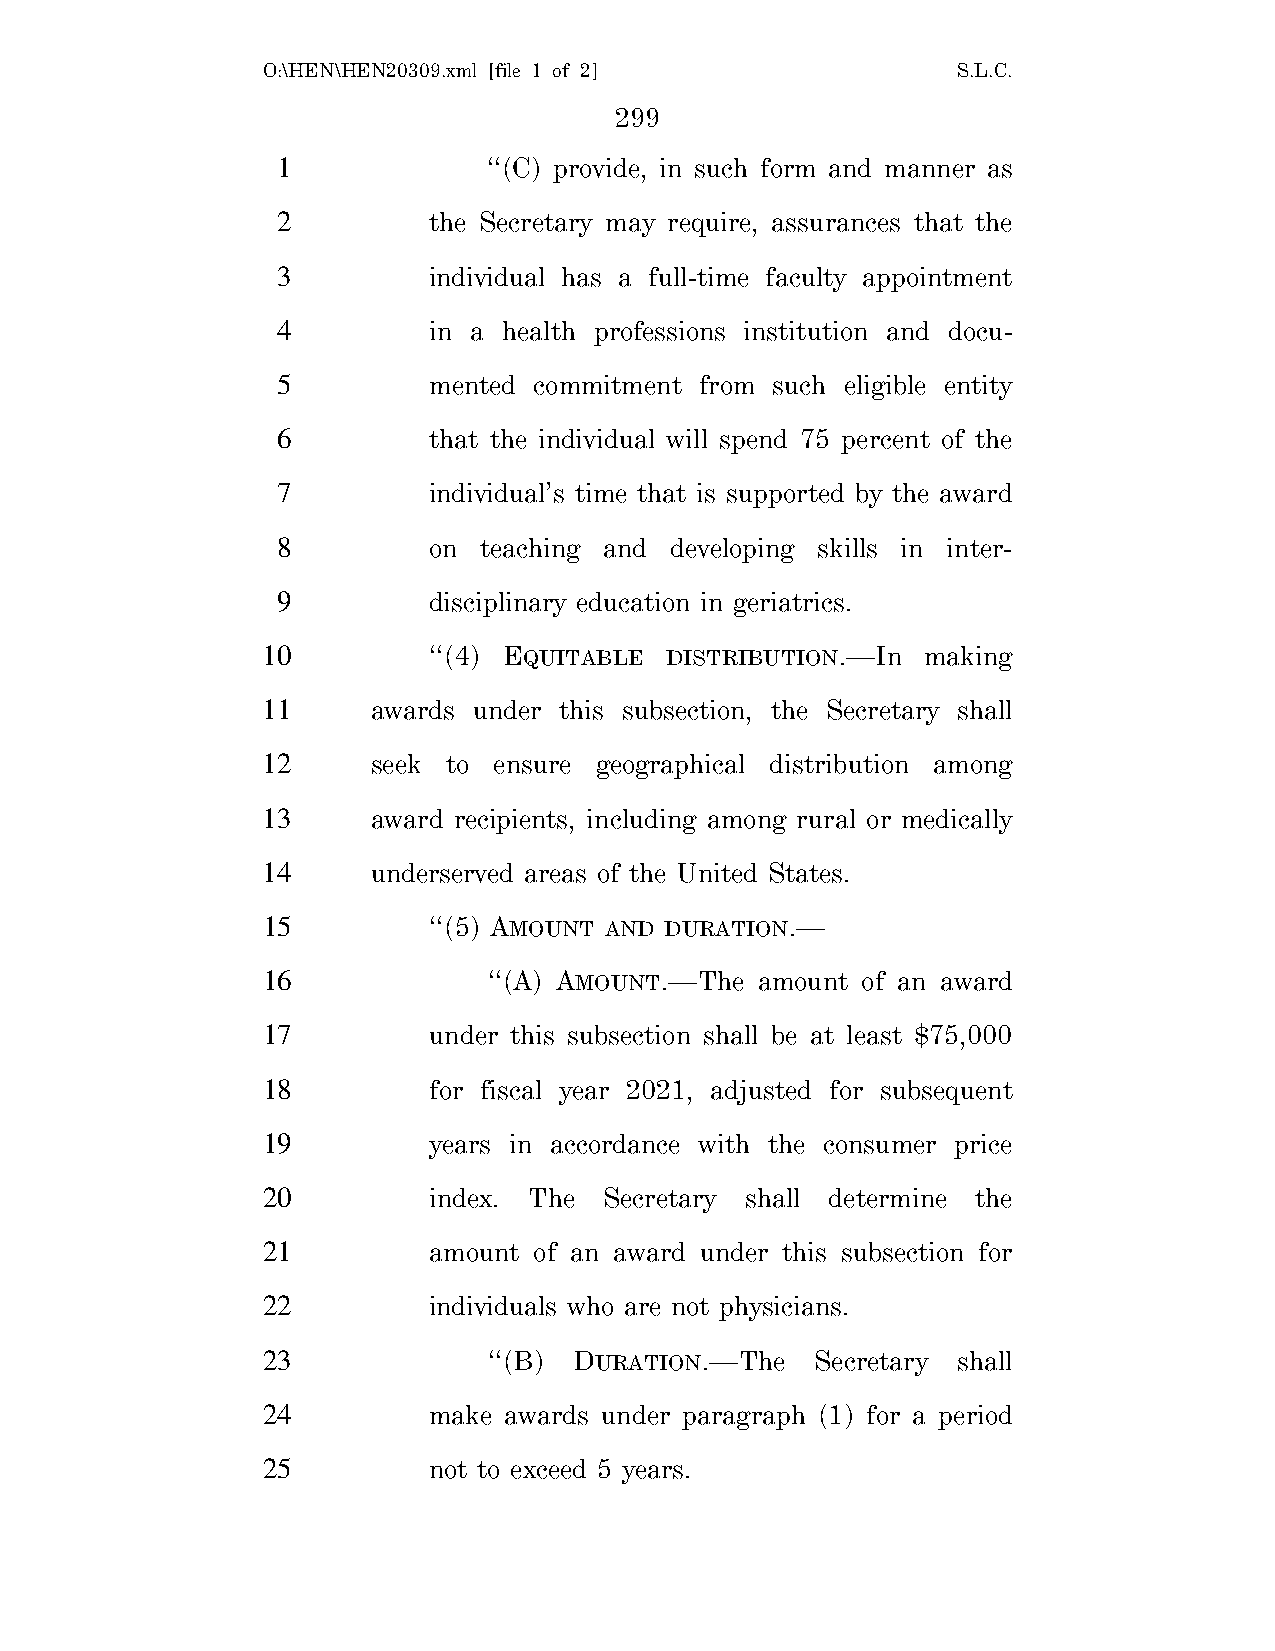
O:\HEN\HEN20309.xml [file 1 of 2]             S.L.C.
 299
 1             ‘‘(C) provide, in such form and manner as
 2         the Secretary may require, assurances that the
 3         individual has a full-time faculty appointment
 4         in a health professions institution and docu-
 5         mented commitment from such eligible entity
 6         that the individual will spend 75 percent of the
 7         individual’s time that is supported by the award
 8         on  teaching and developing skills in inter-
 9         disciplinary education in geriatrics.
 10         ‘‘(4) EQUITABLE DISTRIBUTION.—In making
 11      awards under this subsection, the Secretary shall
 12      seek to ensure geographical distribution among
 13      award recipients, including among rural or medically
 14      underserved areas of the United States.
 15         ‘‘(5) AMOUNT AND DURATION.—
 16             ‘‘(A) AMOUNT.—The amount of an award
 17         under this subsection shall be at least $75,000
 18         for fiscal year 2021, adjusted for subsequent
 19         years in accordance with the consumer price
 20         index. The  Secretary shall determine the
 21         amount of an award under this subsection for
 22         individuals who are not physicians.
 23             ‘‘(B) DURATION.—The   Secretary shall
 24         make awards under paragraph (1) for a period
 25         not to exceed 5 years.